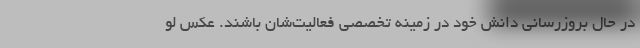
در حال بروزرسانی دانش خود در زمینه تخصصی فعالیت‌شان باشند. عکس لو